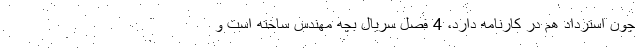
چون استرداد هم در کارنامه دارد، 4 فصل سریال بچه مهندس ساخته است و